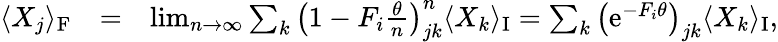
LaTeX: \begin{array}{rlr}{\langle{X}_{j}\rangle_{\mathrm{F}}}&{=}&{\operatorname*{lim}_{n\rightarrow\infty}\sum_{k}\left(1-{F}_{i}\frac{\theta}{n}\right)_{jk}^{n}\langle{X}_{k}\rangle_{\mathrm{I}}=\sum_{k}\left(\mathrm{e}^{-{F}_{i}\theta}\right)_{jk}\langle{X}_{k}\rangle_{\mathrm{I}},}\end{array}